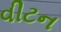
વીટન